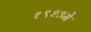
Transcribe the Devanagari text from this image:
१९२३मे